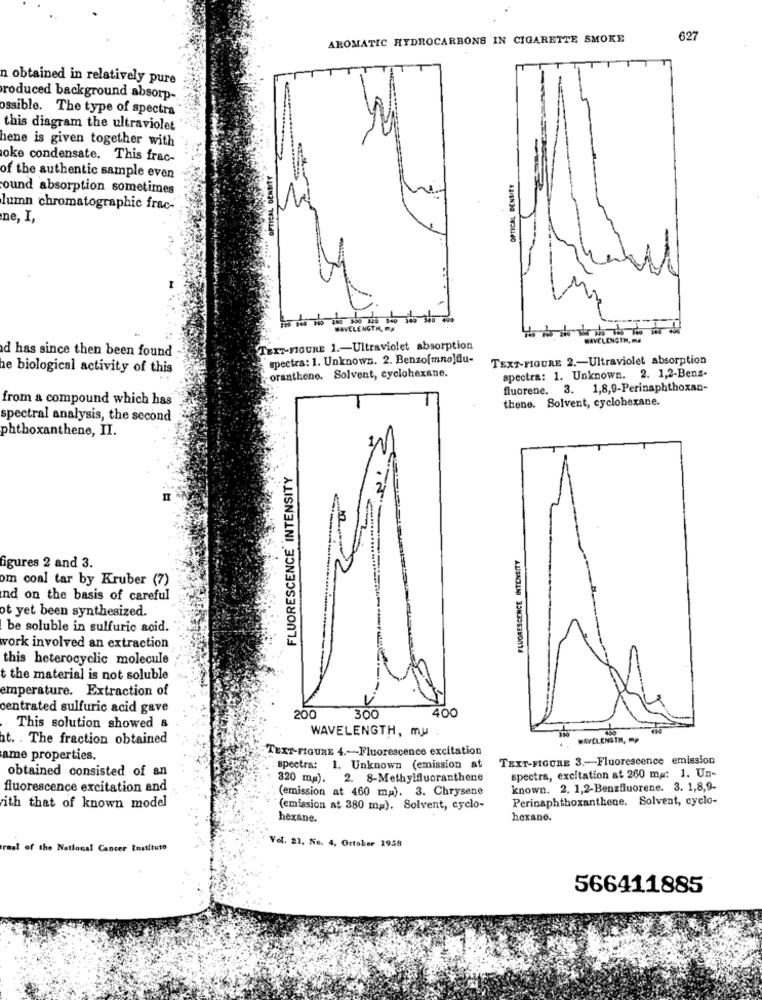
AROMATIC HYDROCARBONS IN CIGARETTE SMOKE
627
n obtained in relatively pure
produced background absorp-
ossible. The type of spectra
this diagram the ultraviolet
hene is given together with
oke condensate. This frac-
of the authentic sample even
OPTICAL DENSIFY
ound absorption sometimes
lumn chromatographic frac-
ne, I,
WAVELENGTH, ma
CLENGTH, MM
d has since then been found
TEXT-FIGURE 1 .- Ultraviolet absorption
spectra: 1. Unknown. 2. Benzo[mno]du-
TEXT-FIGURE 2 .- Ultraviolet absorption
e biological activity of this
spectra: 1. Unknown. 2. 1,2-Benz-
oranthene. Solvent, cyclohexane.
fluorene. 3. 1,8,9-Perinaphthoxan-
from a compound which has
thene. Solvent, cyclohexane.
spectral analysis, the second
phthoxanthene, II.
FLUORESCENCE' INTENSITY
FLUORESCENCE INTENSITY
figures 2 and 3.
om coal tar by Kruber (7)
nd on the basis of careful
ot yet been synthesized.
be soluble in sulfuric acid.
work involved an extraction
this heterocyclic molecule
t the material is not soluble
emperature. Extraction of
centrated sulfuric acid gave
400
200
300
This solution showed &
WAVELENGTH, mu .
t. . The fraction obtained
WAVELENGTH, OP
TEXT-FIGURE 4 .- Fluorescence excitation
ame properties.
TEXT-FIGURE 3 .- Fluorescence emission
obtained consisted of an
. spectra: 1. Unknown (emission at
320 mg). 2. 8-Methylfluoranthene
spectra, excitation at 260 ma: 1. Un-
fluorescence excitation and
(emission at 460 ma). 3. Chrysene
known. 2. 1,2-Benzfluorene. 3. 1,8,9-
Perinaphthoxanthene. Solvent, cyclo-
ith that of known model
(emission at 380 mm). Solvent, cyclo-
hexane.
hexane.
raal of the National Cancer Instituto
Vel. 21. No. 4, October 1958
566411885